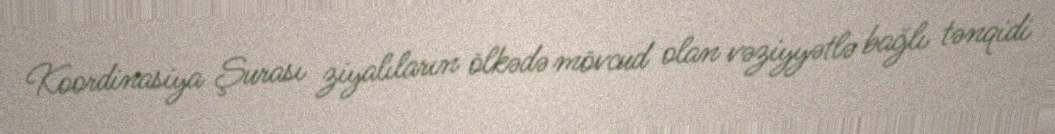
Koordinasiya Şurası ziyalıların ölkədə mövcud olan vəziyyətlə bağlı tənqidi